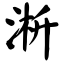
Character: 淅